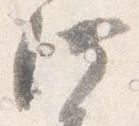
供